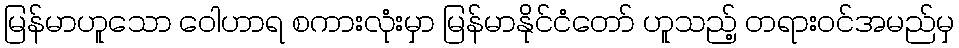
မြန်မာဟူသော ဝေါဟာရ စကားလုံးမှာ မြန်မာနိုင်ငံတော် ဟူသည့် တရားဝင်အမည်မှ